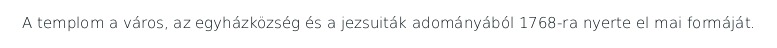
A templom a város, az egyházközség és a jezsuiták adományából 1768-ra nyerte el mai formáját.